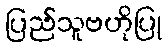
ပြည်သူဗဟိုပြု